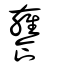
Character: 饔